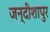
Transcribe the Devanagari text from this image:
जन्दीशापुर